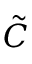
\tilde { C }